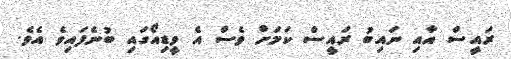
ރައީސް އާއި ނައިބު ރައީސް ކަމަށް ވެސް އެ ވީޑިއޯގައި ބުނެފައިވެ އެވެ.